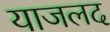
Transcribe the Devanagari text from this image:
याजलद